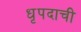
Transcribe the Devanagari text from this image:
धृपदाची